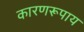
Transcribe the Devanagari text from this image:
कारणरूपाय